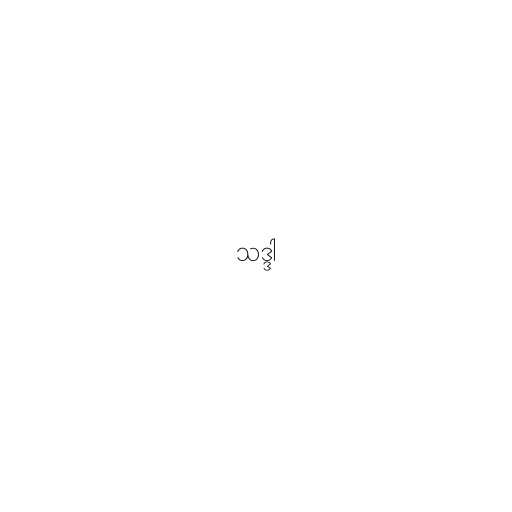
သဒ္ဒါ